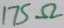
Text: 175Ω